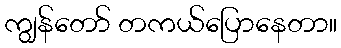
ကျွန်တော် တကယ်ပြောနေတာ။